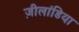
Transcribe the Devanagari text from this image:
ज़ीलांडिया